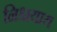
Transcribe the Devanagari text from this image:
निश्चयाय